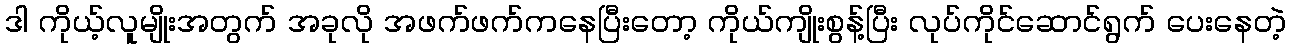
ဒါ ကိုယ့်လူမျိုးအတွက် အခုလို အဖက်ဖက်ကနေပြီးတော့ ကိုယ်ကျိုးစွန့်ပြီး လုပ်ကိုင်ဆောင်ရွက် ပေးနေတဲ့